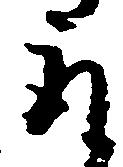
取